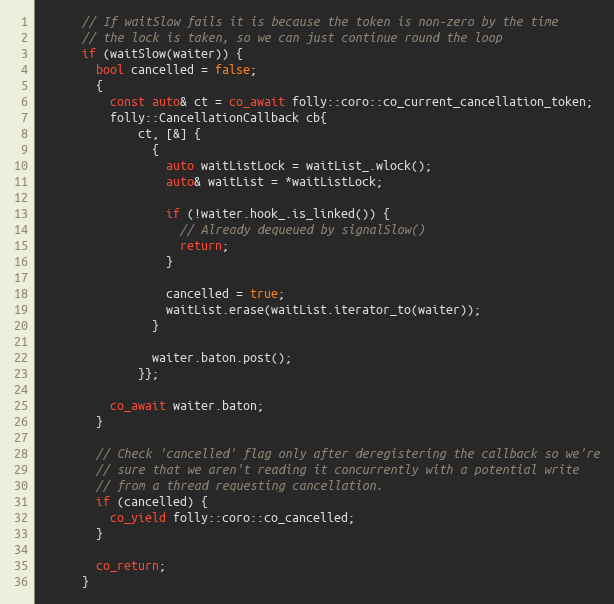
Language: C++
      // If waitSlow fails it is because the token is non-zero by the time
      // the lock is taken, so we can just continue round the loop
      if (waitSlow(waiter)) {
        bool cancelled = false;
        {
          const auto& ct = co_await folly::coro::co_current_cancellation_token;
          folly::CancellationCallback cb{
              ct, [&] {
                {
                  auto waitListLock = waitList_.wlock();
                  auto& waitList = *waitListLock;

                  if (!waiter.hook_.is_linked()) {
                    // Already dequeued by signalSlow()
                    return;
                  }

                  cancelled = true;
                  waitList.erase(waitList.iterator_to(waiter));
                }

                waiter.baton.post();
              }};

          co_await waiter.baton;
        }

        // Check 'cancelled' flag only after deregistering the callback so we're
        // sure that we aren't reading it concurrently with a potential write
        // from a thread requesting cancellation.
        if (cancelled) {
          co_yield folly::coro::co_cancelled;
        }

        co_return;
      }